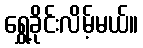
ရွှေ့ခိုင်းလိမ့်မယ်။